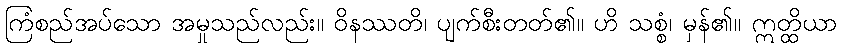
ကြံစည်အပ်သော အမှုသည်လည်း။ ဝိနဿတိ၊ ပျက်စီးတတ်၏။ ဟိ သစ္စံ၊ မှန်၏။ ဣတ္ထိယာ